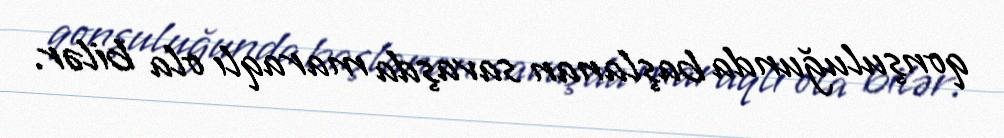
qonşuluğunda başlanan savaşda maraqlı ola bilər.